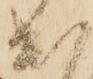
出